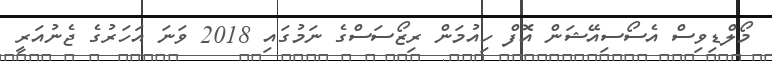
މޯލްޑިވިސް އެސޯސިއޭޝަން އޮފް ހިއުމަން ރިޒޯސަސްގެ ނަމުގައި 2018 ވަނަ އަހަރުގެ ޖެނުއަރީ